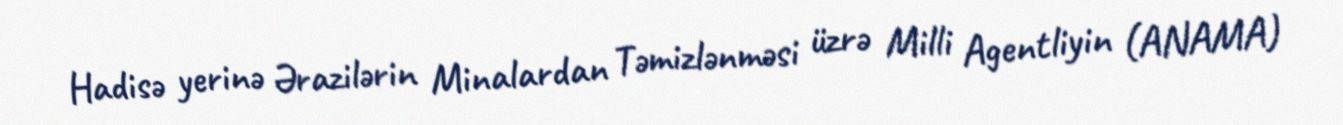
Hadisə yerinə Ərazilərin Minalardan Təmizlənməsi üzrə Milli Agentliyin (ANAMA)